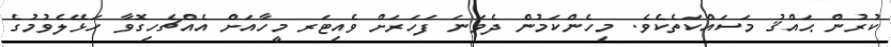
ކުރުން ޙައްޤު މަސައްކަތެކެވެ. މިހެންކަމުން ދެވަނަ ފަހަރަށް ވެއިޓަރ މީހާއަށް އެއްޗެހިގޮވާ ހަޅޭލެވުމުގެ